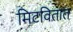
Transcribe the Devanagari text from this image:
मिटवितात